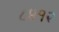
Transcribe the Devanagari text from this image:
८४१२